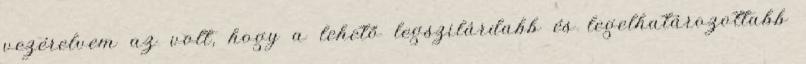
vezérelvem az volt, hogy a lehető legszilárdabb és legelhatározottabb